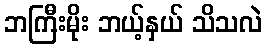
ဘကြီးမိုး ဘယ့်နှယ် သိသလဲ